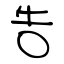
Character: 告